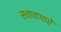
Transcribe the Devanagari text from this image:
सतावणारे